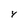
Character: 4